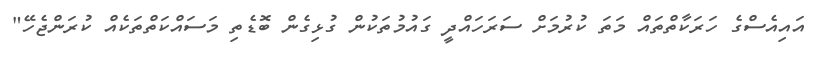
އައިއެސްގެ ހަރަކާތްތައް މަތަ ކުރުމަށް ސަރަހައްދީ ގައުމުތަކުން ގުޅިގެން ބޮޑެތި މަސައްކަތްތަކެއް ކުރަންޖެހޭ"